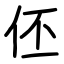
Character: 伾